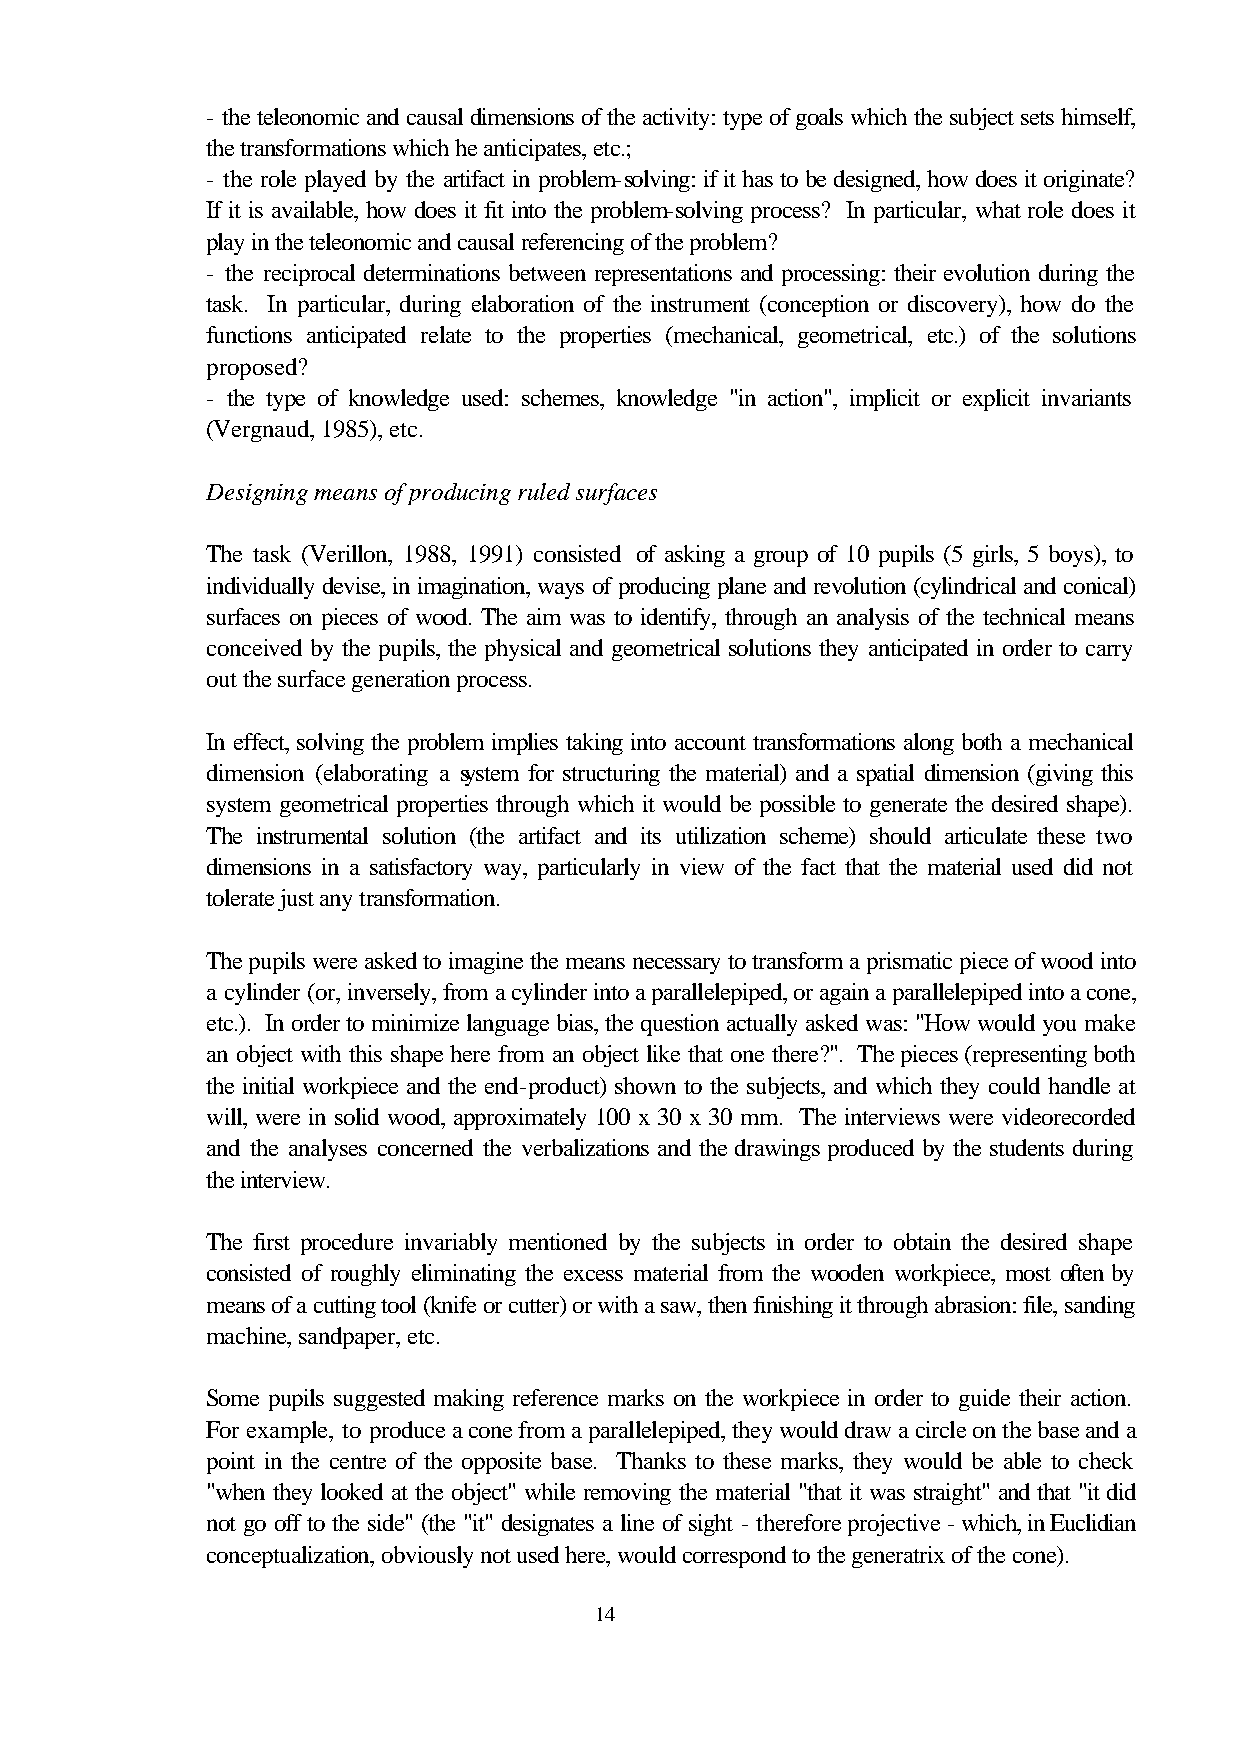
- the teleonomic and causal dimensions of the activity: type of goals which the subject sets himself,
 the transformations which he anticipates, etc.;
 - the role played by the artifact in problem-solving: if it has to be designed, how does it originate?
 If it is available, how does it fit into the problem-solving process? In particular, what role does it
 play in the teleonomic and causal referencing of the problem?
 - the reciprocal determinations between representations and processing: their evolution during the
 task. In particular, during elaboration of the instrument (conception or discovery), how do the
 functions anticipated relate to the properties (mechanical, geometrical, etc.) of the solutions
 proposed?
 - the type of knowledge used: schemes, knowledge "in action", implicit or explicit invariants
 (Vergnaud, 1985), etc.
 Designing means of producing ruled surfaces
 The task (Verillon, 1988, 1991) consisted of asking a group of 10 pupils (5 girls, 5 boys), to
 individually devise, in imagination, ways of producing plane and revolution (cylindrical and conical)
 surfaces on pieces of wood. The aim was to identify, through an analysis of the technical means
 conceived by the pupils, the physical and geometrical solutions they anticipated in order to carry
 out the surface generation process.
 In effect, solving the problem implies taking into account transformations along both a mechanical
 dimension (elaborating a system for structuring the material) and a spatial dimension (giving this
 system geometrical properties through which it would be possible to generate the desired shape).
 The instrumental solution (the artifact and its utilization scheme) should articulate these two
 dimensions in a satisfactory way, particularly in view of the fact that the material used did not
 tolerate just any transformation.
 The pupils were asked to imagine the means necessary to transform a prismatic piece of wood into
 a cylinder (or, inversely, from a cylinder into a parallelepiped, or again a parallelepiped into a cone,
 etc.). In order to minimize language bias, the question actually asked was: "How would you make
 an object with this shape here from an object like that one there?". The pieces (representing both
 the initial workpiece and the end-product) shown to the subjects, and which they could handle at
 will, were in solid wood, approximately 100 x 30 x 30 mm. The interviews were videorecorded
 and the analyses concerned the verbalizations and the drawings produced by the students during
 the interview.
 The first procedure invariably mentioned by the subjects in order to obtain the desired shape
 consisted of roughly eliminating the excess material from the wooden workpiece, most often by
 means of a cutting tool (knife or cutter) or with a saw, then finishing it through abrasion: file, sanding
 machine, sandpaper, etc.
 Some pupils suggested making reference marks on the workpiece in order to guide their action.
 For example, to produce a cone from a parallelepiped, they would draw a circle on the base and a
 point in the centre of the opposite base. Thanks to these marks, they would be able to check
 "when they looked at the object" while removing the material "that it was straight" and that "it did
 not go off to the side" (the "it" designates a line of sight - therefore projective - which, in Euclidian
 conceptualization, obviously not used here, would correspond to the generatrix of the cone).
 14